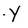
Character: Y